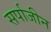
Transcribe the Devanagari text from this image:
सर्पाजीन